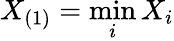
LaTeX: X_{(1)}=\operatorname*{min}_{i}X_{i}